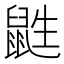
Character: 鼪